Vaccine operations Central Provinces 1900-1911 - 1900-1911
Year: 1900
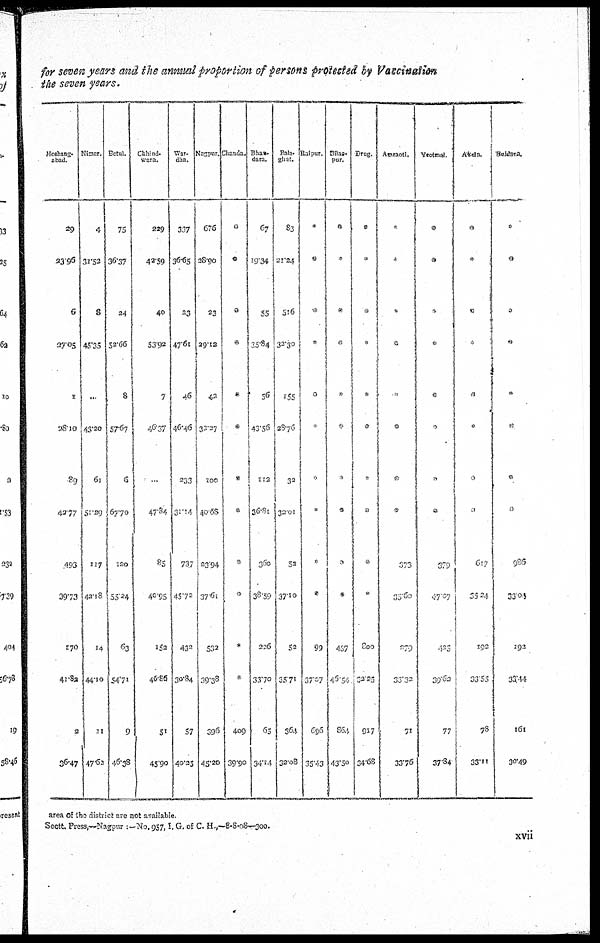
for seven years and the annual proportion of persons protected by Vaccination
the seven years.
Hoshang¬
abad.
29
23.96
6
27.05
*
28.10
89
42.77
493
39.73
170
41.82
2
36.47
Nimar.
4
31.52
8
45.35
...
43.20
61
51.29
117
43.18
14
44.10
11
47.62
Betul.
75
36.37
24
52.66
8
57.67
6
67.70
120
55.24
63
54.71
9
46.38
Chhind¬
wara.
229
42.59
40
53.92
7
46.37
...
47.84
85
40.95
152
46.86
51
45.90
War¬
dha.
367
36.65
23
47.61
46
46.46
233
31.14
737
45.72
432
30.84
57
40.25
Nagpur.
676
28.90
23
29.12
42
32.27
100
40.68
23.94
37.61
532
39.38
396
45.20
Chanda.
*
*
*
*
*
*
*
*
*
*
*
*
409
39.90
Bhan¬
dara.
67
19.34
55
35.84
56
43.56
112
36.81
360
38.59
226
33.70
65
34.14
Bala¬
ghat.
83
21.24
516
32.30
155
28.76
32
32.01
52
37.10
52
35.71
364
32.08
Raipur.
*
*
*
*
*
*
*
*
*
*
99
37.07
696
35.46
Bilas¬
pur.
*
*
*
*
*
*
*
*
*
*
437
46.54
864
43.50
Drug.
*
*
*
*
*
*
*
*
*
*
800
32.25
917
34.68
Amraoti.
*
*
*
*
*
*
*
*
373
33.60
279
33.32
71
33.76
Yeotmal.
*
*
*
*
*
*
*
*
379
47.07
426
39.62
77
37.84
Akola.
*
*
*
*
*
*
*
*
617
25.24
192
33.55
78
33.11
Buldana.
*
*
*
*
*
*
*
*
986
33.04
192
33.44
161
30.49
area of the district are not available.
Sectt. Press,—Nagpur :—No.957,I. G. of C. H.,—8-8-08—300.
xvii